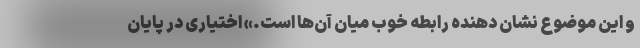
و این موضوع نشان دهنده رابطه خوب میان آن‌ها است.» اختیاری در پایان